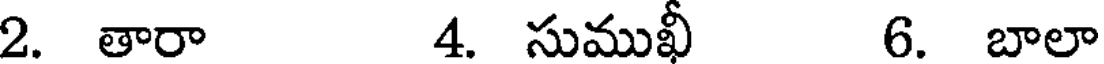
2. తారా 4. సుముఖీ 6. బాలా